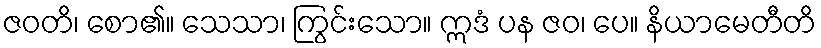
ဇဝတိ၊ စော၏။ သေသာ၊ ကြွင်းသော။ ဣဒံ ပန ဇဝ၊ ပေ။ နိယာမေတီတိ